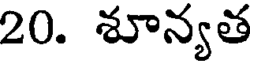
20. శూన్యత